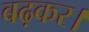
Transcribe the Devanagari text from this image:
बढ़कर।